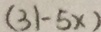
( 3 1 - 5 x )